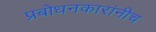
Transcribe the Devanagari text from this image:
प्रबोधनकारांनीच